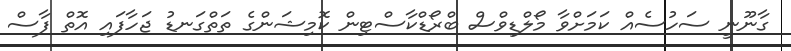
ގާނޫނީ ސަހުސެއް ކަމަށްވާ މޯލްޑިވްސް ބްރޯޑްކާސްޓިން ކޮމިޝަންގެ ތަތްގަނޑު ޖަހާފައި އޮތް ފާސް